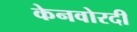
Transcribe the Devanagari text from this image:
केनवोरदी